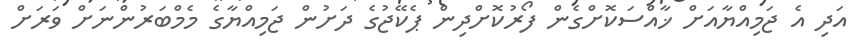
އަދި އެ ޖަމިއްޔާއަށް ޚާއްސަކޮށްގެން ފޯރުކޮށްދިން ޕެކޭޖުގެ ދަށުން ޖަމިއްޔާގެ މެމްބަރުންނަށް ވަރަށް